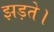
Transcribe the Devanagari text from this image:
झड़ते।